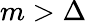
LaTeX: m>\Delta